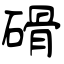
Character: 磆